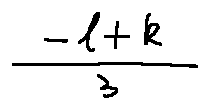
\frac { - l + k } { 3 }